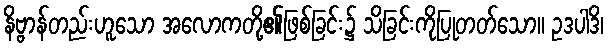
နိဗ္ဗာန်တည်းဟူသော အလောကတို့၏ဖြစ်ခြင်း၌ သိခြင်းကိုပြုတတ်သော။ ဥဒပါဒိ၊